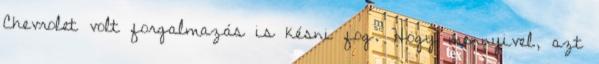
Chevrolet volt forgalmazás is késni fog. Hogy mennyivel, azt